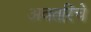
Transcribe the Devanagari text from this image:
अवतरिंचे